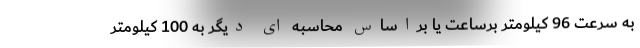
به سرعت 96 کیلومتر برساعت یا براساس محاسبه ای دیگر به 100 کیلومتر